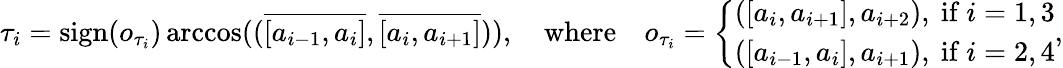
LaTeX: \tau_{i}=\mathrm{sign}(o_{\tau_{i}})\operatorname{arccos}((\overline{{[a_{i-1},a_{i}]}},\overline{{[a_{i},a_{i+1}]}})),\quad\mathrm{where}\quad o_{\tau_{i}}=\left\{ \begin{array}{ll}{([a_{i},a_{i+1}],a_{i+2}),\mathrm{~if~}i=1,3}\\ {([a_{i-1},a_{i}],a_{i+1}),\mathrm{~if~}i=2,4}\end{array}\right.,